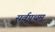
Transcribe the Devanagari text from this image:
सर्वपथम